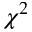
\chi ^ { 2 }